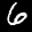
Digit: 6